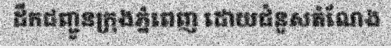
ដឹកជញ្ជូនក្រុងភ្នំពេញ ដោយជំនួសតំណែង